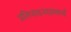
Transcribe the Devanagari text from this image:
प्रतिपादनसामर्थ्य